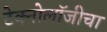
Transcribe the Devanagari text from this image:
टेक्नोलॉजीचा